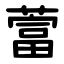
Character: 䔰